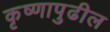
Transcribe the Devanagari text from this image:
कृष्णापुढील